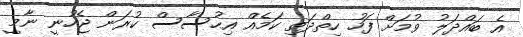
އެ ބައްދަލު ވުމަށް ފަހު ހިތްދަތި ކަމެއް އިޙުސާސް ކުރަން ޖެހުނީ ނާމީ